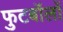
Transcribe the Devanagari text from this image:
फुटबॉलों